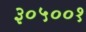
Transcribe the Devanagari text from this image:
३०५००१